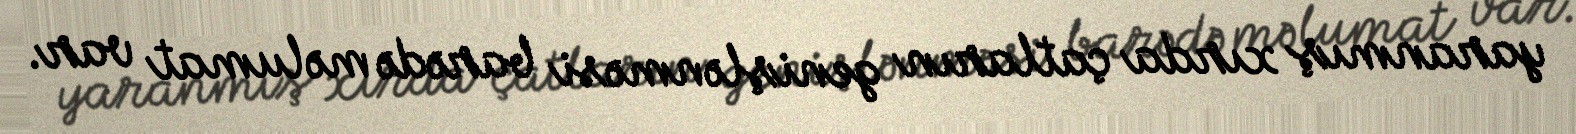
yaranmış xırda çatların genişlənməsi barədə məlumat var.